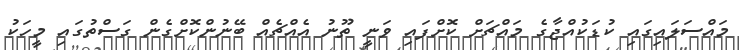
މައްސަލައިގައި ކުޑަކުއްޖާގެ މައްޗަށް ކޮށްފައި ވަނީ ތޫނު އެއްޗެއް ބޭނުންކޮށްގެން ގަސްތުގައި މީހަކު